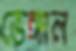
ভেঙ্গাল